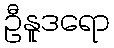
ဦနူဒရော